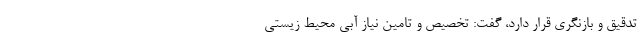
تدقیق و بازنگری قرار دارد، گفت: تخصیص و تامین نیاز آبی محیط زیستی